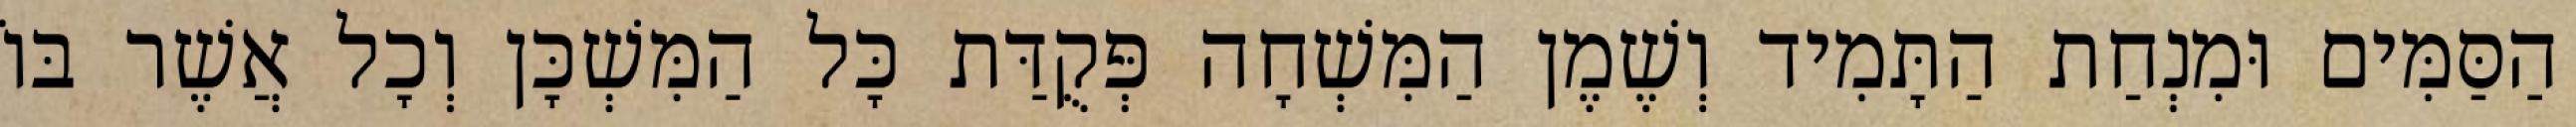
הַסַּמִּים וּמִנְחַת הַתָּמִיד וְשֶׁמֶן הַמִּשְׁחָה פְּקֻדַּת כָּל הַמִּשְׁכָּן וְכָל אֲשֶׁר בּוֹ